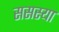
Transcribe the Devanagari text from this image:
ससस्या